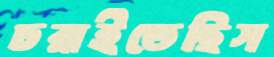
চরাইতেছিস